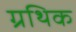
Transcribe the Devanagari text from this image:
ग्रथिक